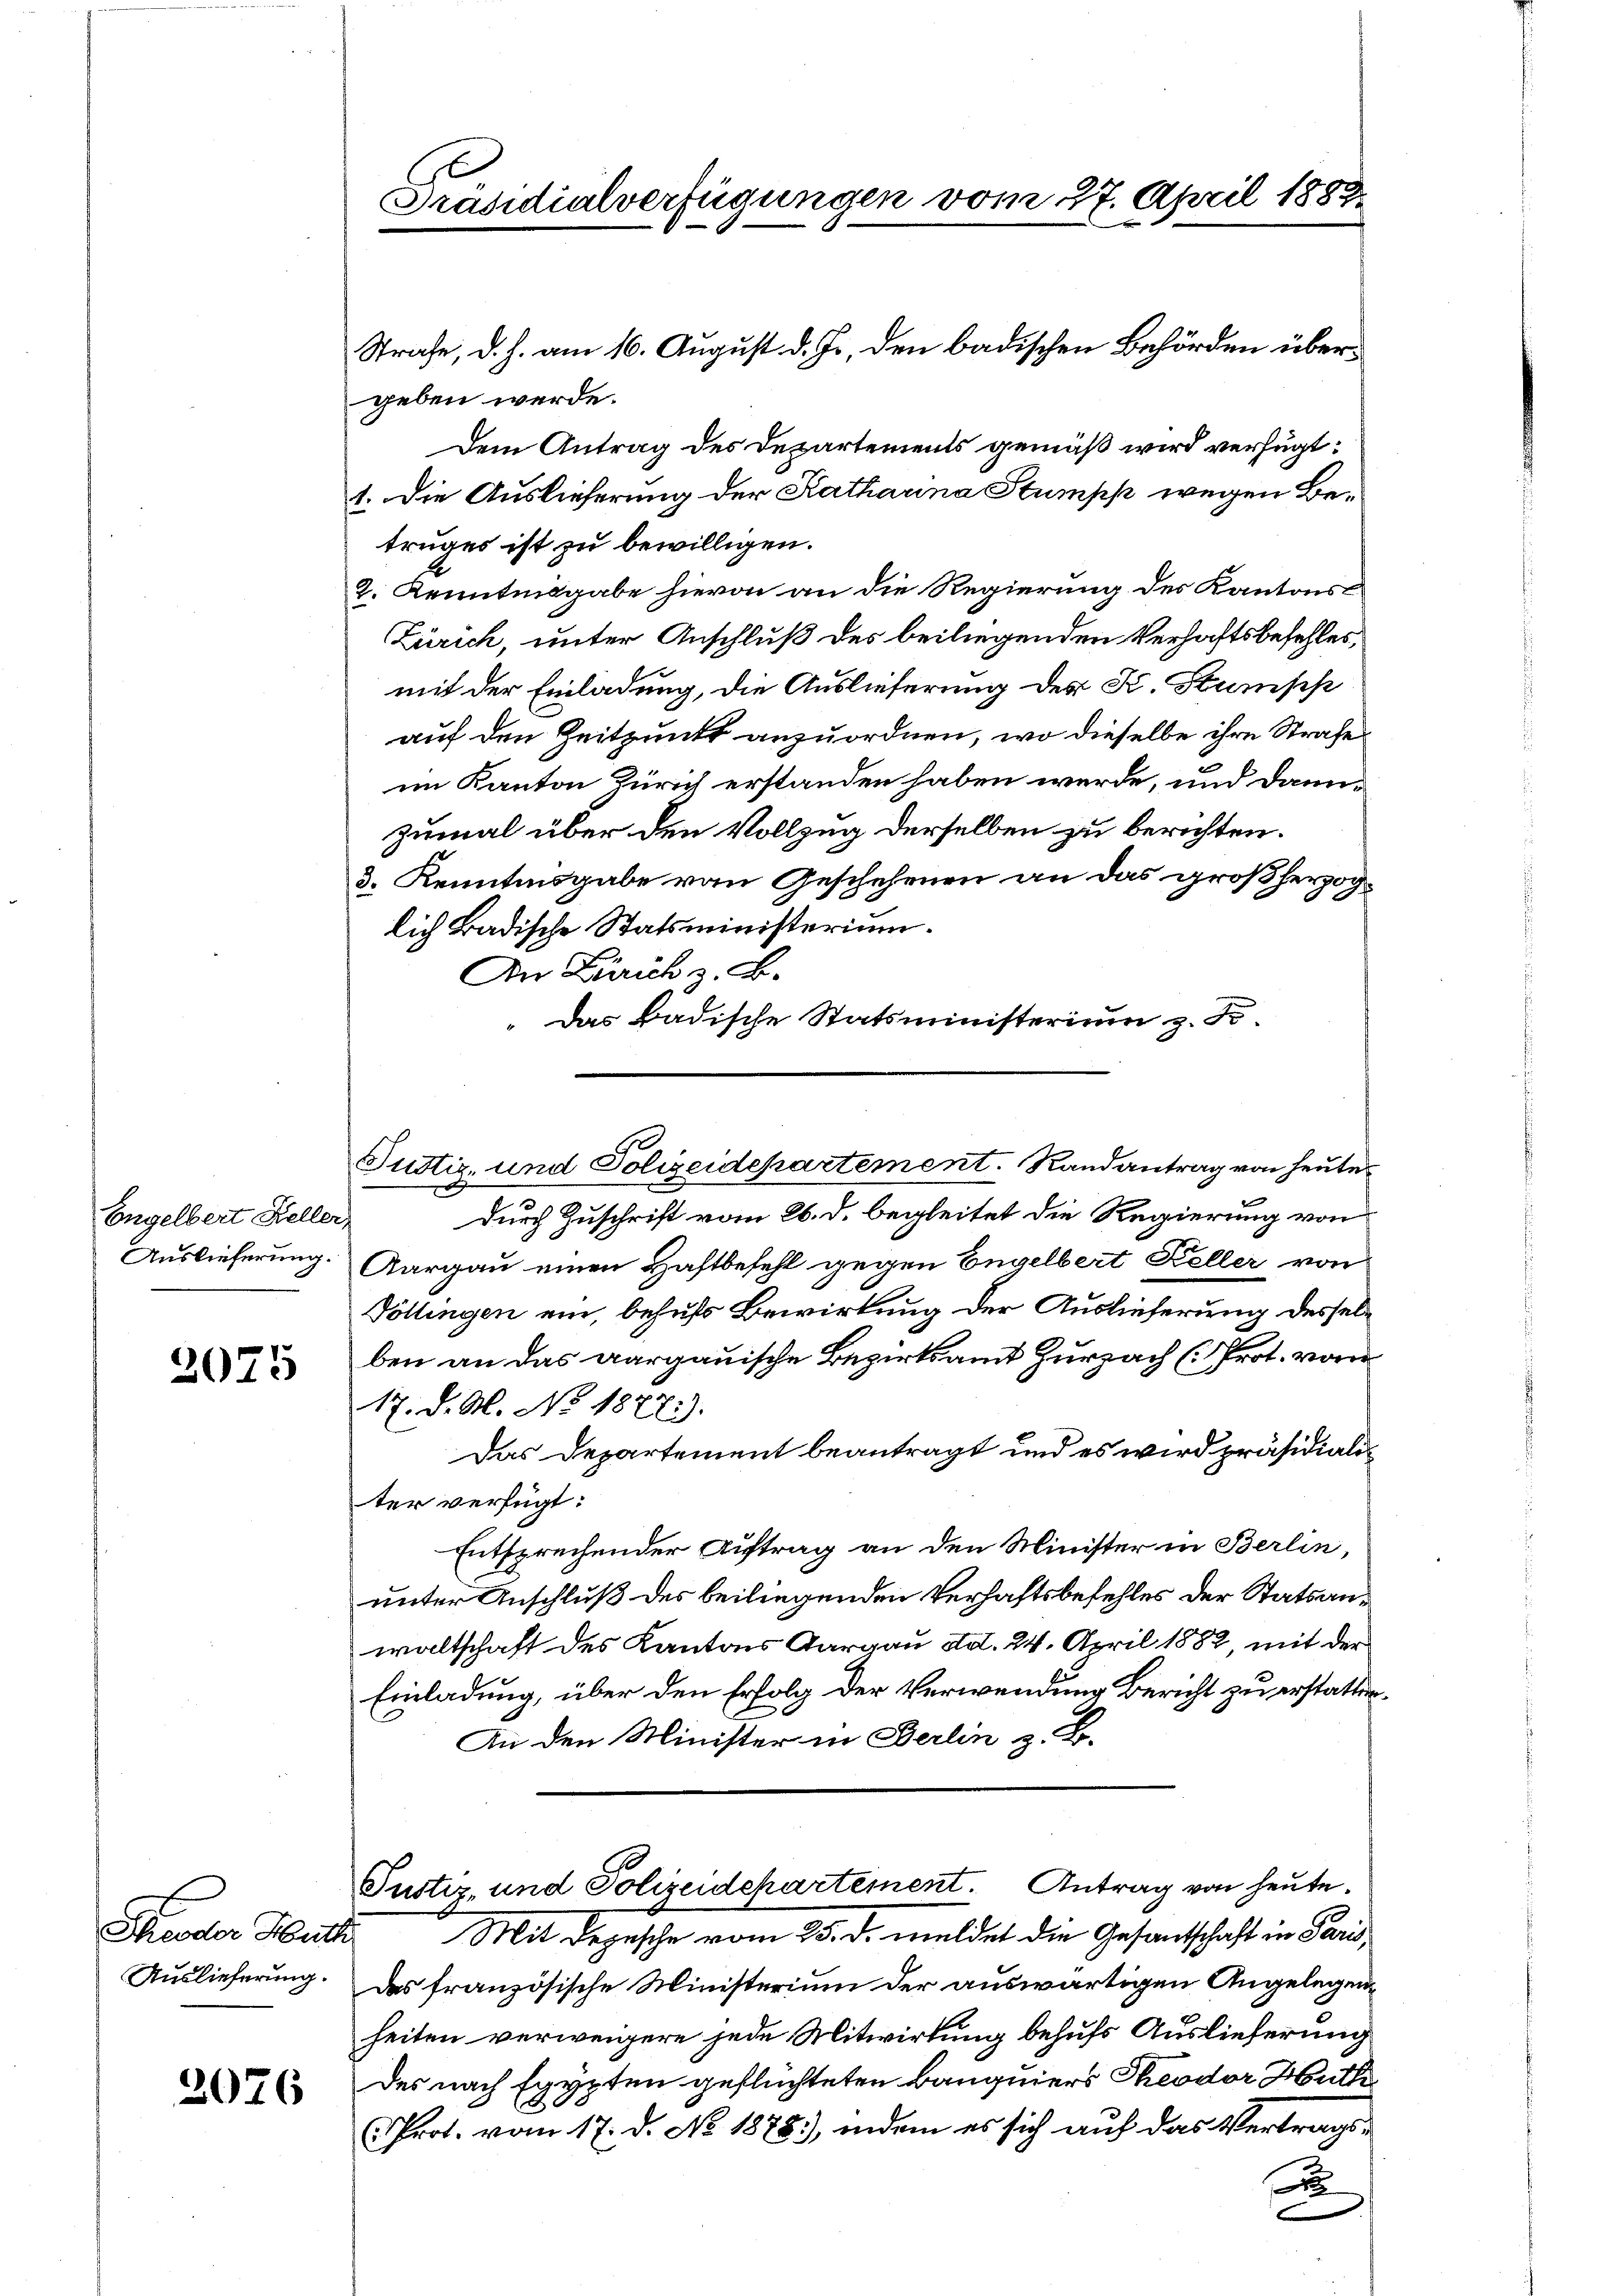
Engelbert Heller,
Auslieferung.

2075

Strafe, d. h. am 16. August d. Js. den badischen Behörden übergeben werde.
Dem Antrag des Departements gemäß wird verfügt:
1. Die Auslieferung der Kathauna Stumpf wegen Betruges ist zu bewilligen.
2. Kenntnisgabe hievon an die Regierung des Kantons
Zürich, unter Anschluß des beiliegenden Verhaftsbefehles,
mit der Einladung, die Auslieferung des K. Stumpp
auf den Zeitpunkt anzuordnen, wo dieselbe ihre Strafe
im Kanton Zürich erstanden haben werde, und dannzumal über den Vollzug derselben zu berichten.
3. Kenntnisgabe von Geschehenen an das großherzoglich Badische Statsministerium.
An Zürich z. B.
" Das Badische Statsministerium z. B.

Anna Heut
Auslieferung.

2076

Präsidialverfügungen vom 27. April 1883.

durch Zuschrift vom 26. d. begleitet die Regierung von
Aargau einen Haftbefehl gegen Engelbert Keller von
Völlingen ein, behufs Bewirkung der Auslieferung desselben an das aargauische Bezirksamt Zurzach (Prot. vom
17. d. M. No 1877).
Das Departement beantragt und es wird präsidialiter verfügt:
Entsprechender Auftrag an den Minister in Berlin,
unter Anschluß des beiliegenden Verhaftsbefehles der Statsanwaltschaft des Kantons Aargau ad. 24. April 1882, mit der
Einladung, über den Erfolg der Verwendung Bericht zu erstatten¬
An den Minister in Berlin z. B.
Justiz- und Polizeidepartement. Antrag von heute.
Mit Depesche vom 25. d. meldet die Gesandtschaft in Paris,
das französische Ministerium der auswärtigen Angelegenheiten verweigere jede Mitwirkung behufs Auslieferung
Des nach Egypten geflüchteten Bangniers Theodor Huth
Prot. vom 17. d. No. 1878.), indem es sich auf das Vertrags-
u

Justiz- und Polizeidepartement. Randantrag von heute